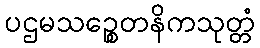
ပဌမသဉ္စေတနိကသုတ္တံ